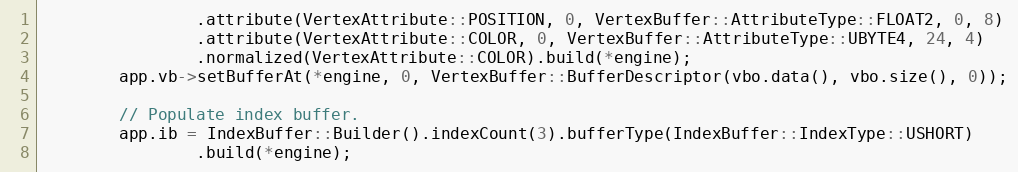
Language: C++
                .attribute(VertexAttribute::POSITION, 0, VertexBuffer::AttributeType::FLOAT2, 0, 8)
                .attribute(VertexAttribute::COLOR, 0, VertexBuffer::AttributeType::UBYTE4, 24, 4)
                .normalized(VertexAttribute::COLOR).build(*engine);
        app.vb->setBufferAt(*engine, 0, VertexBuffer::BufferDescriptor(vbo.data(), vbo.size(), 0));

        // Populate index buffer.
        app.ib = IndexBuffer::Builder().indexCount(3).bufferType(IndexBuffer::IndexType::USHORT)
                .build(*engine);